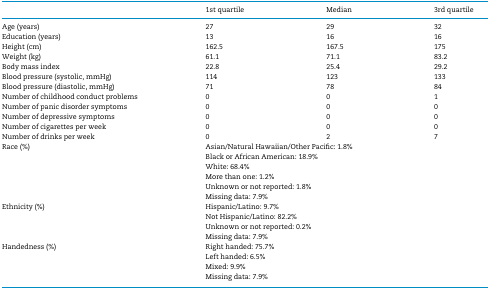
<table><thead><tr><td></td><td><b>1st quartile</b></td><td><b>Median</b></td><td><b>3rd quartile</b></td></tr></thead><tbody><tr><td>Age (years)</td><td>27</td><td>29</td><td>32</td></tr><tr><td>Education (years)</td><td>13</td><td>16</td><td>16</td></tr><tr><td>Height (cm)</td><td>162.5</td><td>167.5</td><td>175</td></tr><tr><td>Weight (kg)</td><td>61.1</td><td>71.1</td><td>83.2</td></tr><tr><td>Body mass index</td><td>22.8</td><td>25.4</td><td>29.2</td></tr><tr><td>Blood pressure (systolic, mmHg)</td><td>114</td><td>123</td><td>133</td></tr><tr><td>Blood pressure (diastolic, mmHg)</td><td>71</td><td>78</td><td>84</td></tr><tr><td>Number of childhood conduct problems</td><td>0</td><td>0</td><td>1</td></tr><tr><td>Number of panic disorder symptoms</td><td>0</td><td>0</td><td>0</td></tr><tr><td>Number of depressive symptoms</td><td>0</td><td>0</td><td>0</td></tr><tr><td>Number of cigarettes per week</td><td>0</td><td>0</td><td>0</td></tr><tr><td>Number of drinks per week</td><td>0</td><td>2</td><td>7</td></tr><tr><td rowspan="6">Race (%)</td><td colspan="3">Asian/Natural Hawaiian/Other Pacific: 1.8%</td></tr><tr><td colspan="3">Black or African American: 18.9%</td></tr><tr><td colspan="3">White: 68.4%</td></tr><tr><td colspan="3">More than one: 1.2%</td></tr><tr><td colspan="3">Unknown or not reported: 1.8%</td></tr><tr><td colspan="3">Missing data: 7.9%</td></tr><tr><td rowspan="4">Ethnicity (%)</td><td colspan="3">Hispanic/Latino: 9.7%</td></tr><tr><td colspan="3">Not Hispanic/Latino: 82.2%</td></tr><tr><td colspan="3">Unknown or not reported: 0.2%</td></tr><tr><td colspan="3">Missing data: 7.9%</td></tr><tr><td rowspan="4">Handedness (%)</td><td colspan="3">Right handed: 75.7%</td></tr><tr><td colspan="3">Left handed: 6.5%</td></tr><tr><td colspan="3">Mixed: 9.9%</td></tr><tr><td colspan="3">Missing data: 7.9%</td></tr></tbody></table>